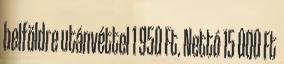
belföldre utánvéttel 1 950 Ft. Nettó 15 000 Ft